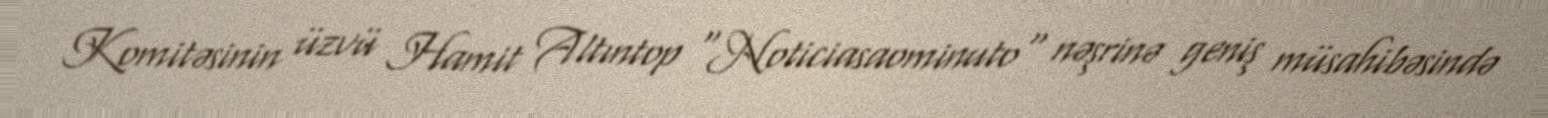
Komitəsinin üzvü Hamit Altıntop "Noticiasaominuto" nəşrinə geniş müsahibəsində